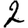
Digit: 2